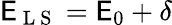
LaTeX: \mathsf{E}_{\mathrm{{~L~S~}}}=\mathsf{E}_{0}+\delta